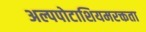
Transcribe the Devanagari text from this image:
अल्पपोटाशियमरक्तता